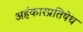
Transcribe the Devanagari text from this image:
अहंकारप्रतिषेध